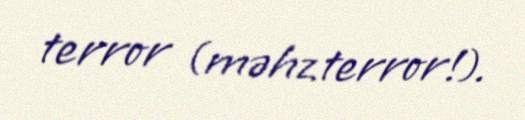
terror (məhz terror!).